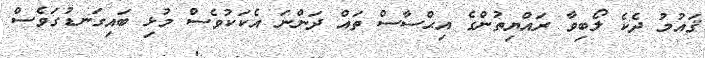
ޤައުމު ދެކެ ލޯބިވާ ރައްޔިތުންގެ އިޙްސާސް ތައް ދަންނަ އެކަކުވެސް މުޅި ބައިގަނޑުގަވެސް